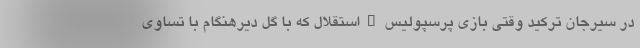
در سیرجان ترکید وقتی بازی پرسپولیس_استقلال که با گل دیرهنگام با تساوی